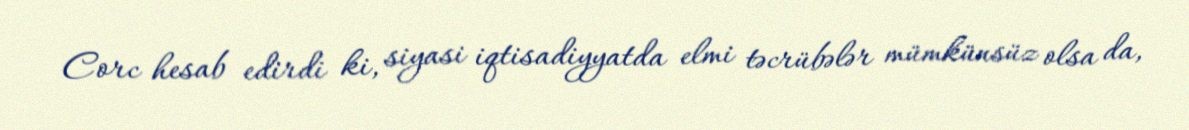
Corc hesab edirdi ki, siyasi iqtisadiyyatda elmi təcrübələr mümkünsüz olsa da,